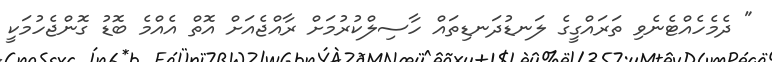
" ދެމެހެއްޓެނެވި ތަރައްގީގެ ލަނޑުދަނޑިތައް ހާސިލްކުރުމަށް ރާއްޖެއަށް އޮތް އެއްމެ ބޮޑު ގޮންޖެހުމަކީ